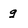
Character: g